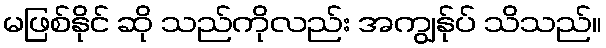
မဖြစ်နိုင် ဆို သည်ကိုလည်း အကျွန်ုပ် သိသည်။